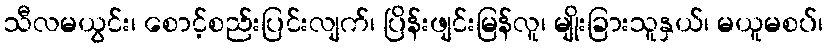
သီလမယွင်း၊ စောင့်စည်းပြင်းလျက်၊ ပြိန်းဖျင်းမြန်လူ၊ မျိုးခြားသူနှယ်၊ မယူမစပ်၊